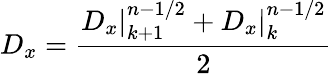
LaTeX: D_{x}=\frac{D_{x}|_{k+1}^{n-1/2}+D_{x}|_{k}^{n-1/2}}{2}